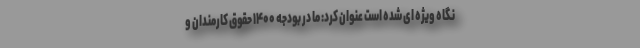
نگاه ویژه ای شده است عنوان کرد: ما در بودجه ۱۴۰۰ حقوق کارمندان و